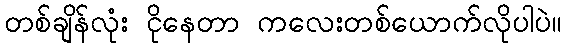
တစ်ချိန်လုံး ငိုနေတာ ကလေးတစ်ယောက်လိုပါပဲ။